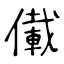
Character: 儎